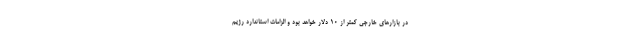
در بازارهای خارجی کمتر از 10 دلار خواهد بود و الزامات استاندارد رژیم